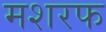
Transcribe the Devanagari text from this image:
मशरफ